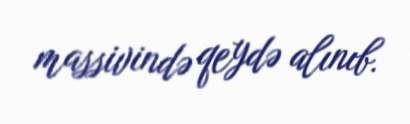
massivində qeydə alınıb.